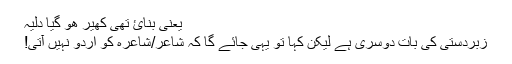
یعنی بنائ تھی کھیر ھو گیا دلیہ
زبردستی کی بات دوسری ہے لیکن کہا تو یہی جائے گا کہ شاعر/شاعرہ کو اردو نہیں آتی!